Lunatic asylums Central Provinces reports 1874-1885 - 1874-1885
Year: 1874
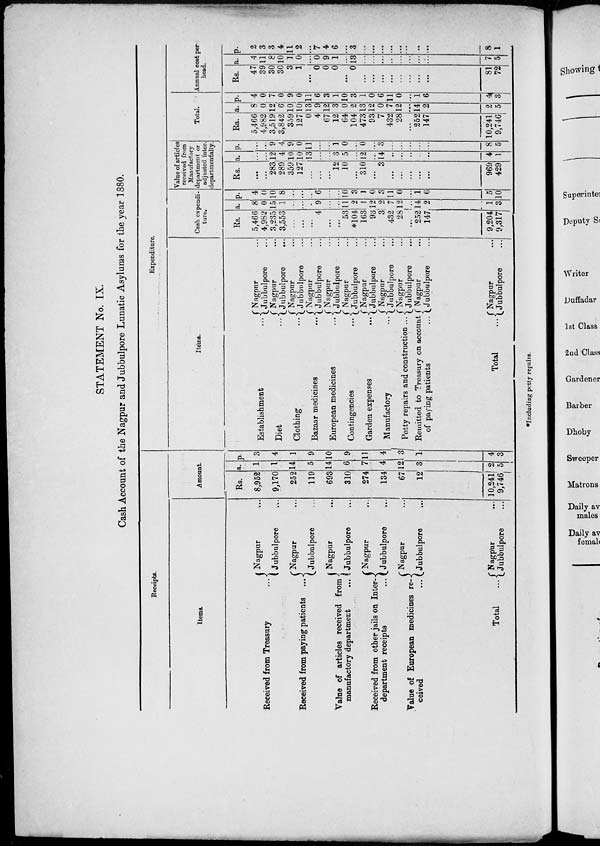
STATEMENT No. IX.
Cash Account of the Nagpur and Jubbulpore Lunatic Asylums for the year 1880.
Receipts.
Items.
Received from Treasury ...
Received from paying patients ...
Value of articles received from
manufactory department ...
Received from other jails on Inter-
department receipts ...
Value of European medicines re-
ceived
...
Total
...
Nagpur ...
Jubbulpore
...
Nagpur ...
Jubbulpore ...
Nagpur ...
Jubbulpore ...
Nagpur ...
Jubbulpore ...
Nagpur ...
Jubbulpore ...
Nagpur ...
Jubbulpore ...
Amount.
Rs.
8,952
9,170
252
119
693
310
274
134
67
12
10,241
9,746
a.
1
1
14
5
14
6
7
4
12
3
2
5
p.
3
4
1
9
10
9
11
4
3
1
4
3
Expenditure.
Items.
Establishment ...
Diet ...
Clothing ...
Bazaar medicines ...
European medicines ...
Contingencies
...
Garden expenses
...
Manufactory
...
Petty repairs and construction ...
Remitted to Treasury on account
of paying patients ...
Total
...
Nagpur ...
Jubbulpore ...
Nagpur ...
Jubbulpore ...
Nagpur ...
Jubbulpore ...
Nagpur ...
Jubbulpore ...
Nagpur ...
Jubbulpore ...
Nagpur ...
Jubbulpore ...
Nagpur ...
Jubbulpore ...
Nagpur ...
Jubbulpore ...
Nagpur ...
Jubbulpore ...
Nagpur ...
Jubbulpore ...
Nagpur ...
Jubbulpore ...
Cash expendi-
ture.
Rs.
5,466
4,982
3,235
3,553
...
...
...
4
...
...
53
*104
163
93
3
432
28
...
252
147
9,204
9,317
a.
8
0
15
1
...
...
...
9
...
...
11
2
1
12
2
7
12
...
14
2
1
3
p.
4
0
10
8
...
...
...
6
...
...
10
3
1
0
3
11
0
...
1
6
5
10
Value of articles
received from
Manufactory
department or
adjusted inter-
departmentally.
Rs.
...
...
283
289
359
127
...
...
...
12
10
...
310
...
3
...
...
...
...
...
969
429
a.
...
...
12
4
10
10
13
...
...
3
5
...
12
...
14
...
...
...
...
...
4
1
p.
...
...
9
4
9
0
11
...
...
1
0
...
0
...
3
...
...
...
...
...
8
5
Total.
Ra.
5,466
4,982
3,519
3,842
359
127
0
4
67
12
64
104
473
93
7
432
28
...
252
147
10,241
9,746
a.
8
0
12
6
10
10
13
9
12
3
0
2
13
12
0
7
12
...
14
2
2
5
p.
4
0 7
0
9
0
11
6
3
1
10
3
1
0
6
11
0
...
1
6
4
3
Annual cost per
head.
Rs.
47
39
30
30
3
1
...
0
0
0
...
0
...
...
...
...
...
...
...
...
81
72
a.
4
11
8
10
1
0
...
0
9
1
...
13
...
...
...
...
...
...
...
...
7
5
p.
2
3
3
4
11
2
...
7
4
6
...
3
...
...
...
...
...
...
...
...
8
1
* Including petty repairs.